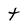
Character: t